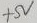
Text: +5V